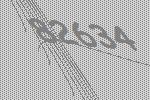
82634